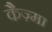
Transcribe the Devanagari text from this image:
कैज़्मा